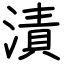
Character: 漬